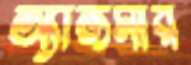
অ্যাজমার